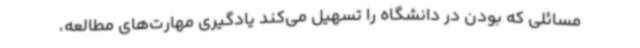
مسائلی که بودن در دانشگاه را تسهیل می‌کند یادگیری مهارت‌های مطالعه،